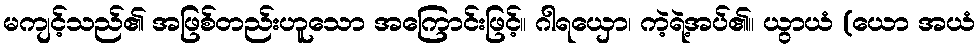
မကျင့်သည်၏ အဖြစ်တည်းဟူသော အကြောင်းဖြင့်။ ဂါရယှော၊ ကဲ့ရဲ့အပ်၏။ ယွာယံ (ယော အယံ